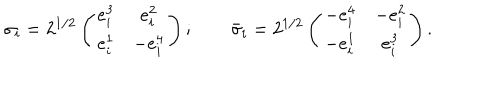
LaTeX: \sigma _ { i } = 2 ^ { 1 / 2 } \left( \begin{array} { c c } { { e _ { i } ^ { 3 } } } & { { e _ { i } ^ { 2 } } } \\ { { e _ { i } ^ { 1 } } } & { { - e _ { i } ^ { 4 } } } \\ \end{array} \right) ; \qquad \bar { \sigma } _ { i } = 2 ^ { 1 / 2 } \left( \begin{array} { c c } { { - e _ { i } ^ { 4 } } } & { { - e _ { i } ^ { 2 } } } \\ { { - e _ { i } ^ { 1 } } } & { { e _ { i } ^ { 3 } } } \\ \end{array} \right) .